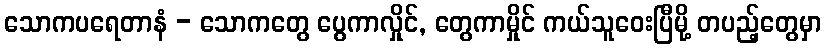
သောကပရေတာနံ - သောကတွေ ပွေကာလှိုင်, တွေကာမှိုင် ကယ်သူဝေးပြီမို့ တပည့်တွေမှာ